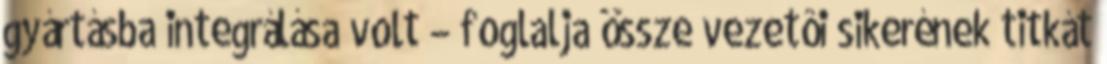
gyártásba integrálása volt – foglalja össze vezetôi sikerének titkát